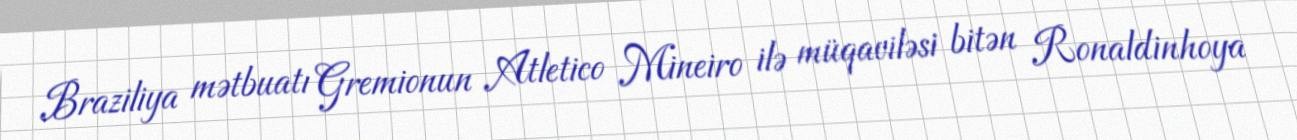
Braziliya mətbuatı Gremionun Atletico Mineiro ilə müqaviləsi bitən Ronaldinhoya